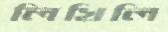
লিখিলি